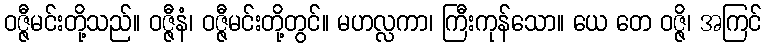
ဝဇ္ဇီမင်းတို့သည်။ ဝဇ္ဇီနံ၊ ဝဇ္ဇီမင်းတို့တွင်။ မဟလ္လကာ၊ ကြီးကုန်သော။ ယေ တေ ဝဇ္ဇိ၊ အကြင်